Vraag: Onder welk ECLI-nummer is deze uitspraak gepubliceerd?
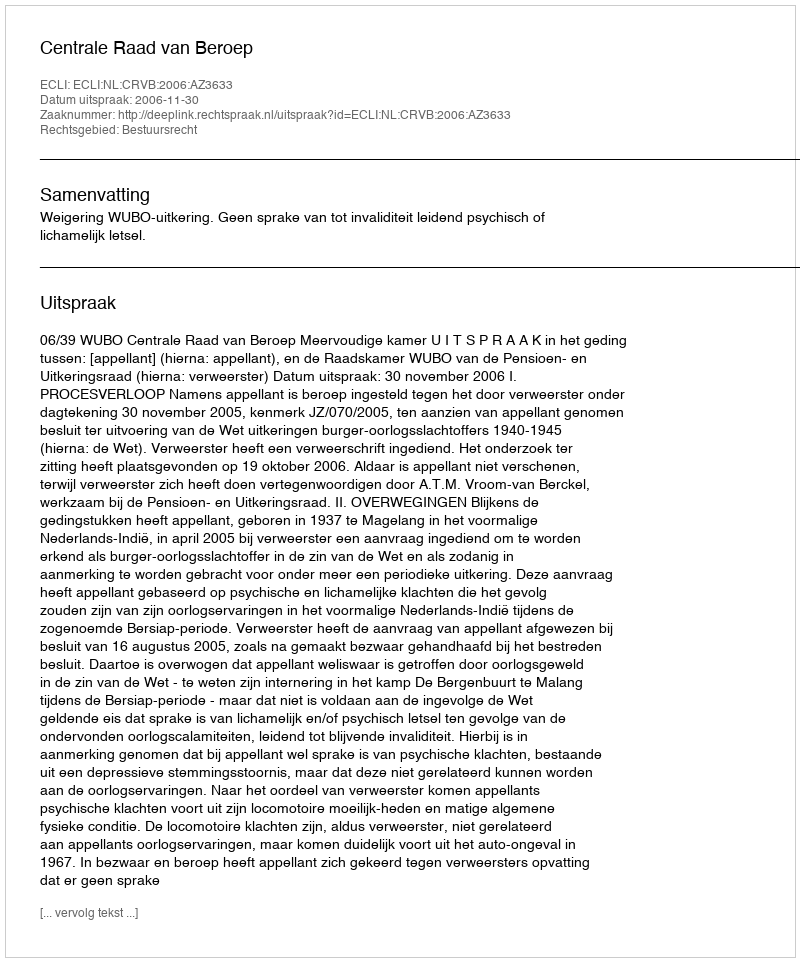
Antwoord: ECLI:NL:CRVB:2006:AZ3633